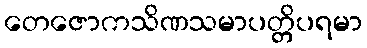
တေဇောကသိဏသမာပတ္တိပရမာ